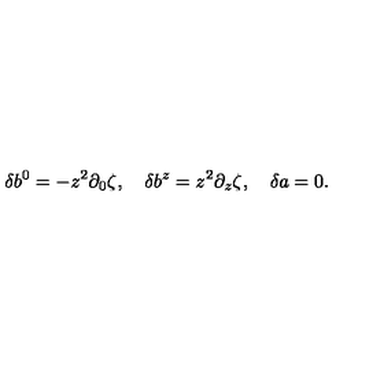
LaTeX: \delta b ^ { 0 } = - z ^ { 2 } \partial _ { 0 } \zeta , \quad \delta b ^ { z } = z ^ { 2 } \partial _ { z } \zeta , \quad \delta a = 0 .